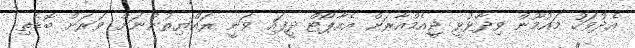
އެދުވަހު މައުމޫން ވިދާޅުވީ ޖީއެމްއާރަށް އެއާޕޯޓް ދީފައި ވަނީ ރައްޔިތުންނަށް ވަރަށް ބޮޑެތި